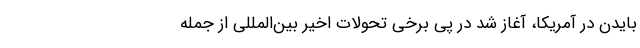
بایدن در آمریکا، آغاز شد در پی برخی تحولات اخیر بین‌المللی از جمله